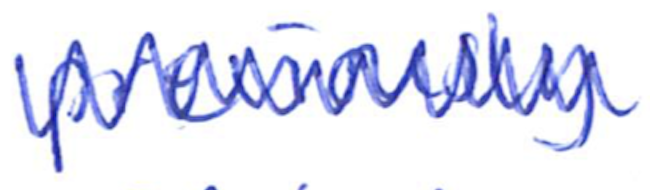
Text: previously
Cross-out: zig-zag
Writing tool: ballpoint